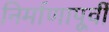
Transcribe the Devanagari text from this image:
निर्माणापूर्वी